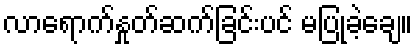
လာရောက်နှုတ်ဆက်ခြင်းပင် မပြုခဲ့ချေ။